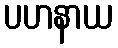
ပဟနာယ